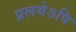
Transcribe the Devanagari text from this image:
प्रलयेऽपि